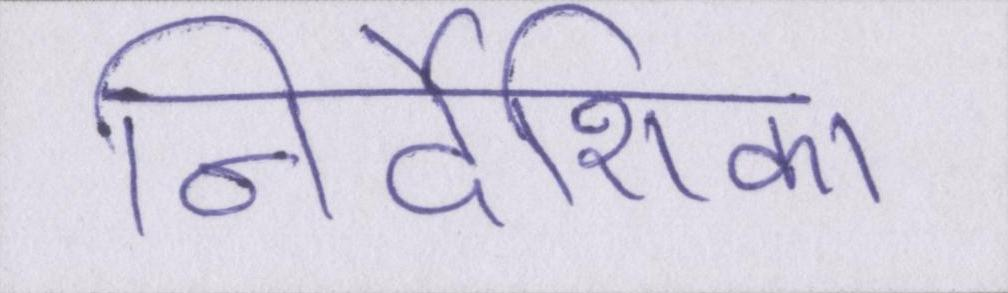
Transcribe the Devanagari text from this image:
निर्देशिका